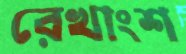
রেখাংশ